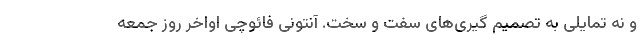
و نه تمایلی به تصمیم گیری‌های سفت و سخت. آنتونی فائوچی اواخر روز جمعه